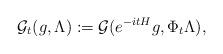
\begin{align*} \mathcal{G}_t(g, \Lambda) := \mathcal{G}(e^{-it H}g, \Phi_t\Lambda),\end{align*}